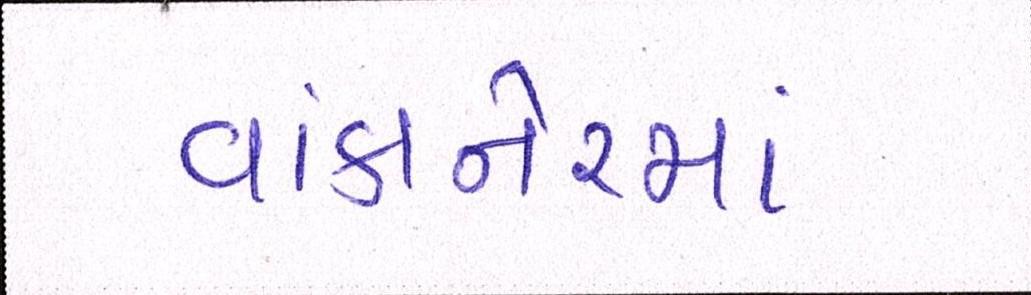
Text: વાંકાનેરમાં